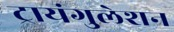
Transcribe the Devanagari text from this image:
ट्रायंगुलेशन